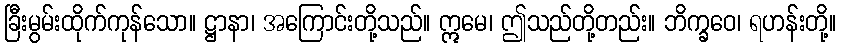
ခြီးမွမ်းထိုက်ကုန်သော။ ဋ္ဌာနာ၊ အကြောင်းတို့သည်။ ဣမေ၊ ဤသည်တို့တည်း။ ဘိက္ခဝေ၊ ရဟန်းတို့။